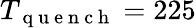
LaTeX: T_{\mathrm{~q~u~e~n~c~h~}}=225